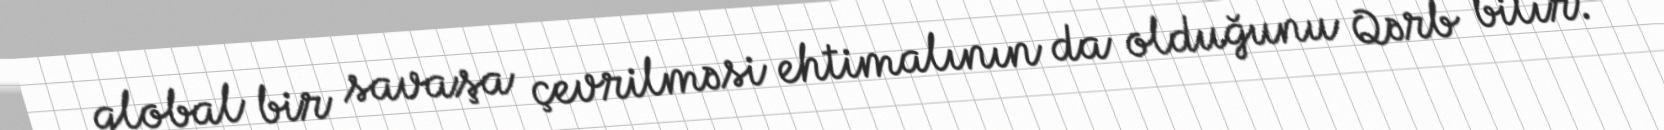
qlobal bir savaşa çevrilməsi ehtimalının da olduğunu Qərb bilir.